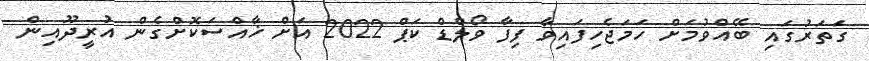
ގަތަރުގައި ބޭއްވުމަށް ހަމަޖެހިފައިވާ ފިފާ ވޯލްޑް ކަޕް 2022 އަށް ޚާއްސަކޮށްގެން އުރީދޫއިން